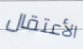
الأعتقال